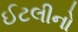
ઈટલીનો